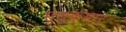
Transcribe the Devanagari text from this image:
मुथुकुमार